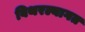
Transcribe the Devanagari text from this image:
बिथरल्यागत